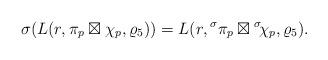
LaTeX: \begin{align*} \sigma( L(r,\pi_p \boxtimes \chi_p, \varrho_{5})) = L(r,{}^\sigma\pi_p \boxtimes {}^\sigma\! \chi_p, \varrho_{5}).\end{align*}